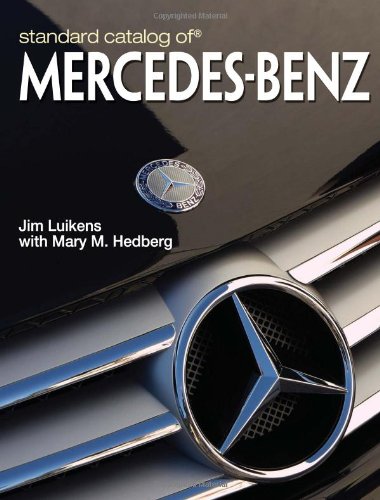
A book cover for Standard Catalog Of Mercedes-Benz; Jim Luikens; Engineering & Transportation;